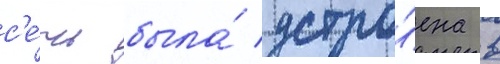
с'е́чь была́ устро́ена в